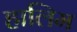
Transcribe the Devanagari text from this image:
हालिम